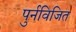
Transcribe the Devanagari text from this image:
पुर्नविजित